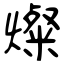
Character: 燦